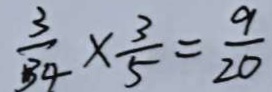
\frac { 3 } { 3 4 } \times \frac { 3 } { 5 } = \frac { 9 } { 2 0 }